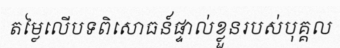
តម្លៃលើបទពិសោធន៍ផ្ទាល់ខ្លួនរបស់បុគ្គល